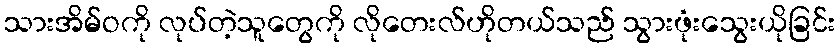
သားအိမ်ဝကို လုပ်တဲ့သူတွေကို လိုတေးလ်ဟိုတယ်သည် သွားဖုံးသွေးယိုခြင်း